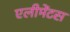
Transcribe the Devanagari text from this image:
एलीमेंटस